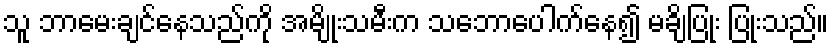
သူ ဘာမေးချင်နေသည်ကို အမျိုးသမီးက သဘောပေါက်နေ၍ မချိပြုံး ပြုံးသည်။